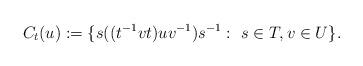
LaTeX: \begin{align*}C_t(u) := \{ s ((t^{-1}vt ) u v^{-1})s^{-1} :\ s\in T, v\in U\}.\end{align*}